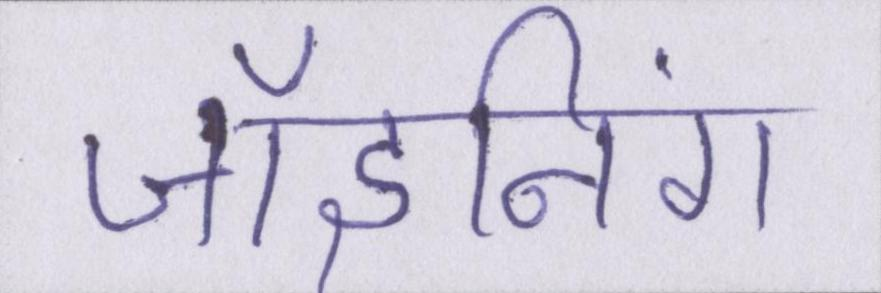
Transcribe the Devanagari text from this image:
जॉइनिंग